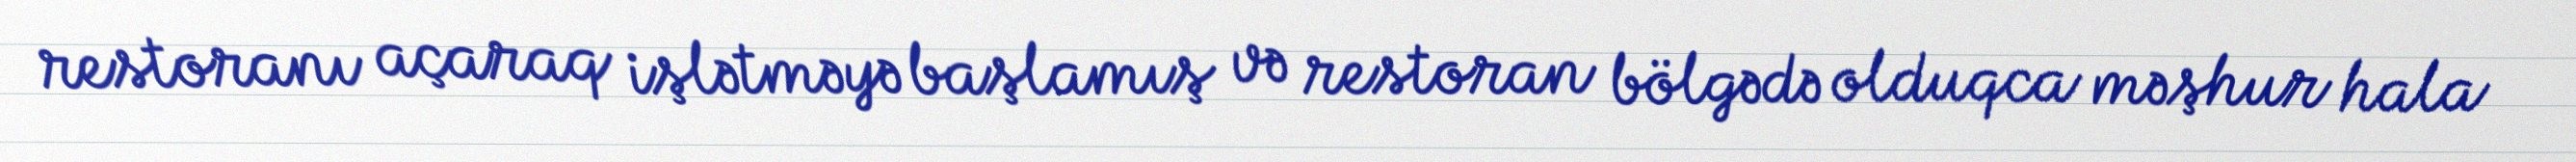
restoranı açaraq işlətməyə başlamış və restoran bölgədə olduqca məşhur hala